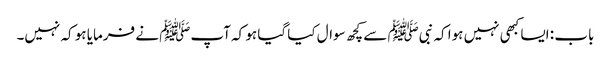
باب : ایسا کبھی نہیں ہوا کہ نبیﷺ سے کچھ سوال کیا گیا ہو کہ آپﷺ نے فرمایا ہو کہ نہیں۔